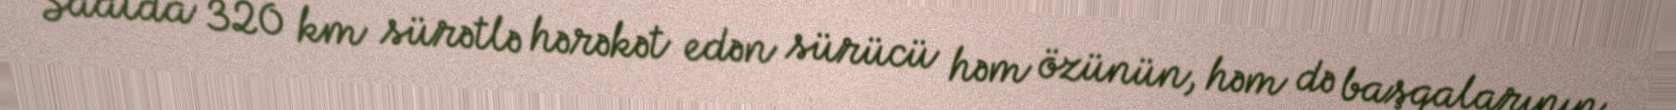
Saatda 320 km sürətlə hərəkət edən sürücü həm özünün, həm də başqalarının